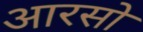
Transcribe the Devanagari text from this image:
आरसो